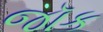
જૉક